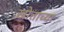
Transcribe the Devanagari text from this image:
खोताच्या